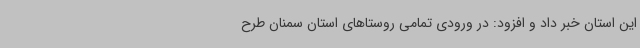
این استان خبر داد و افزود: در ورودی تمامی روستاهای استان سمنان طرح